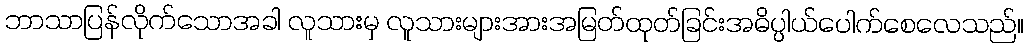
ဘာသာပြန်လိုက်သောအခါ လူသားမှ လူသားများအားအမြတ်ထုတ်ခြင်းအဓိပ္ပါယ်ပေါက်စေလေသည်။